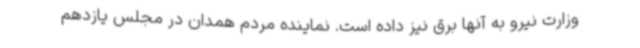
وزارت نیرو به آنها برق نیز داده است. نماینده مردم همدان در مجلس یازدهم